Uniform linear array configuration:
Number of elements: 12
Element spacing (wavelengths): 0.5
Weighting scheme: exponential
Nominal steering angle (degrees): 30
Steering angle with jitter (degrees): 28.016
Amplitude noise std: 0.05
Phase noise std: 0.05

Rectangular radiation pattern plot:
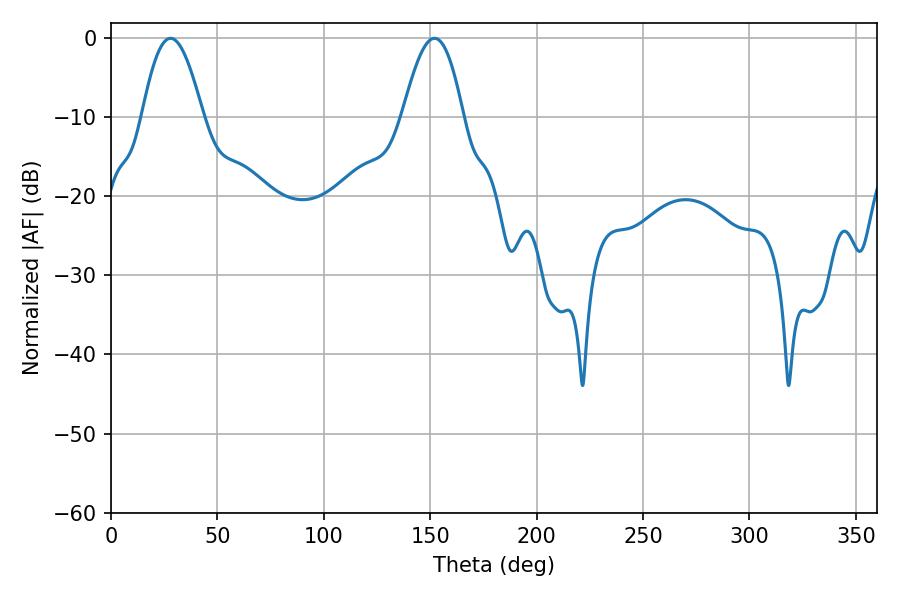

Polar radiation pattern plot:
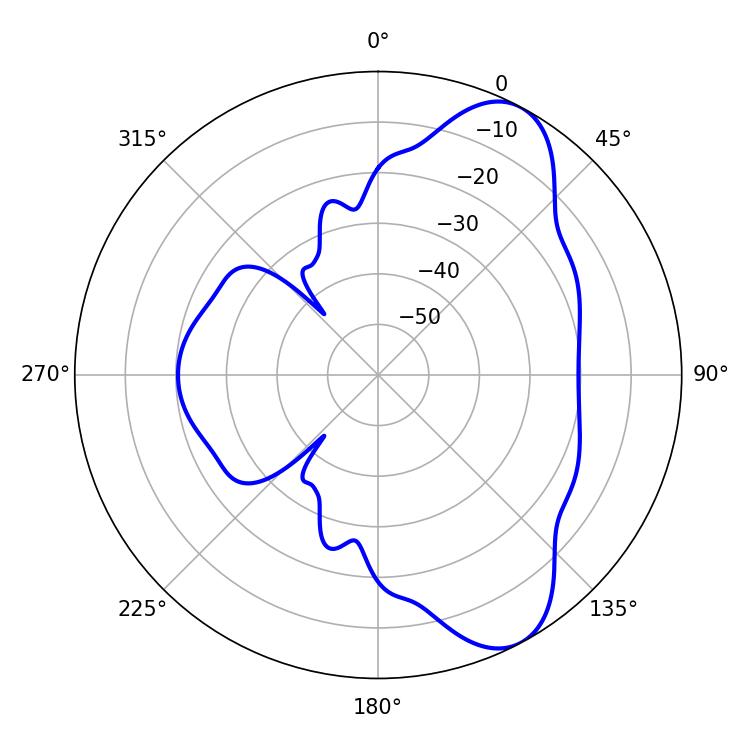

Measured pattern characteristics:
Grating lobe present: FALSE
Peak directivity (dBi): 8.239
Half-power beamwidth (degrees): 15.48
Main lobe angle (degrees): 27.9